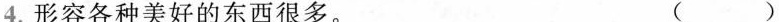
4.形容各种美好的东西很多。（ ）